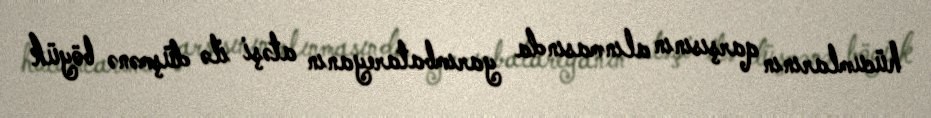
hücumlarının qarşısının alınmasında yarımbatareyanın atəşi ilə düşmənə böyük